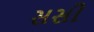
સસી